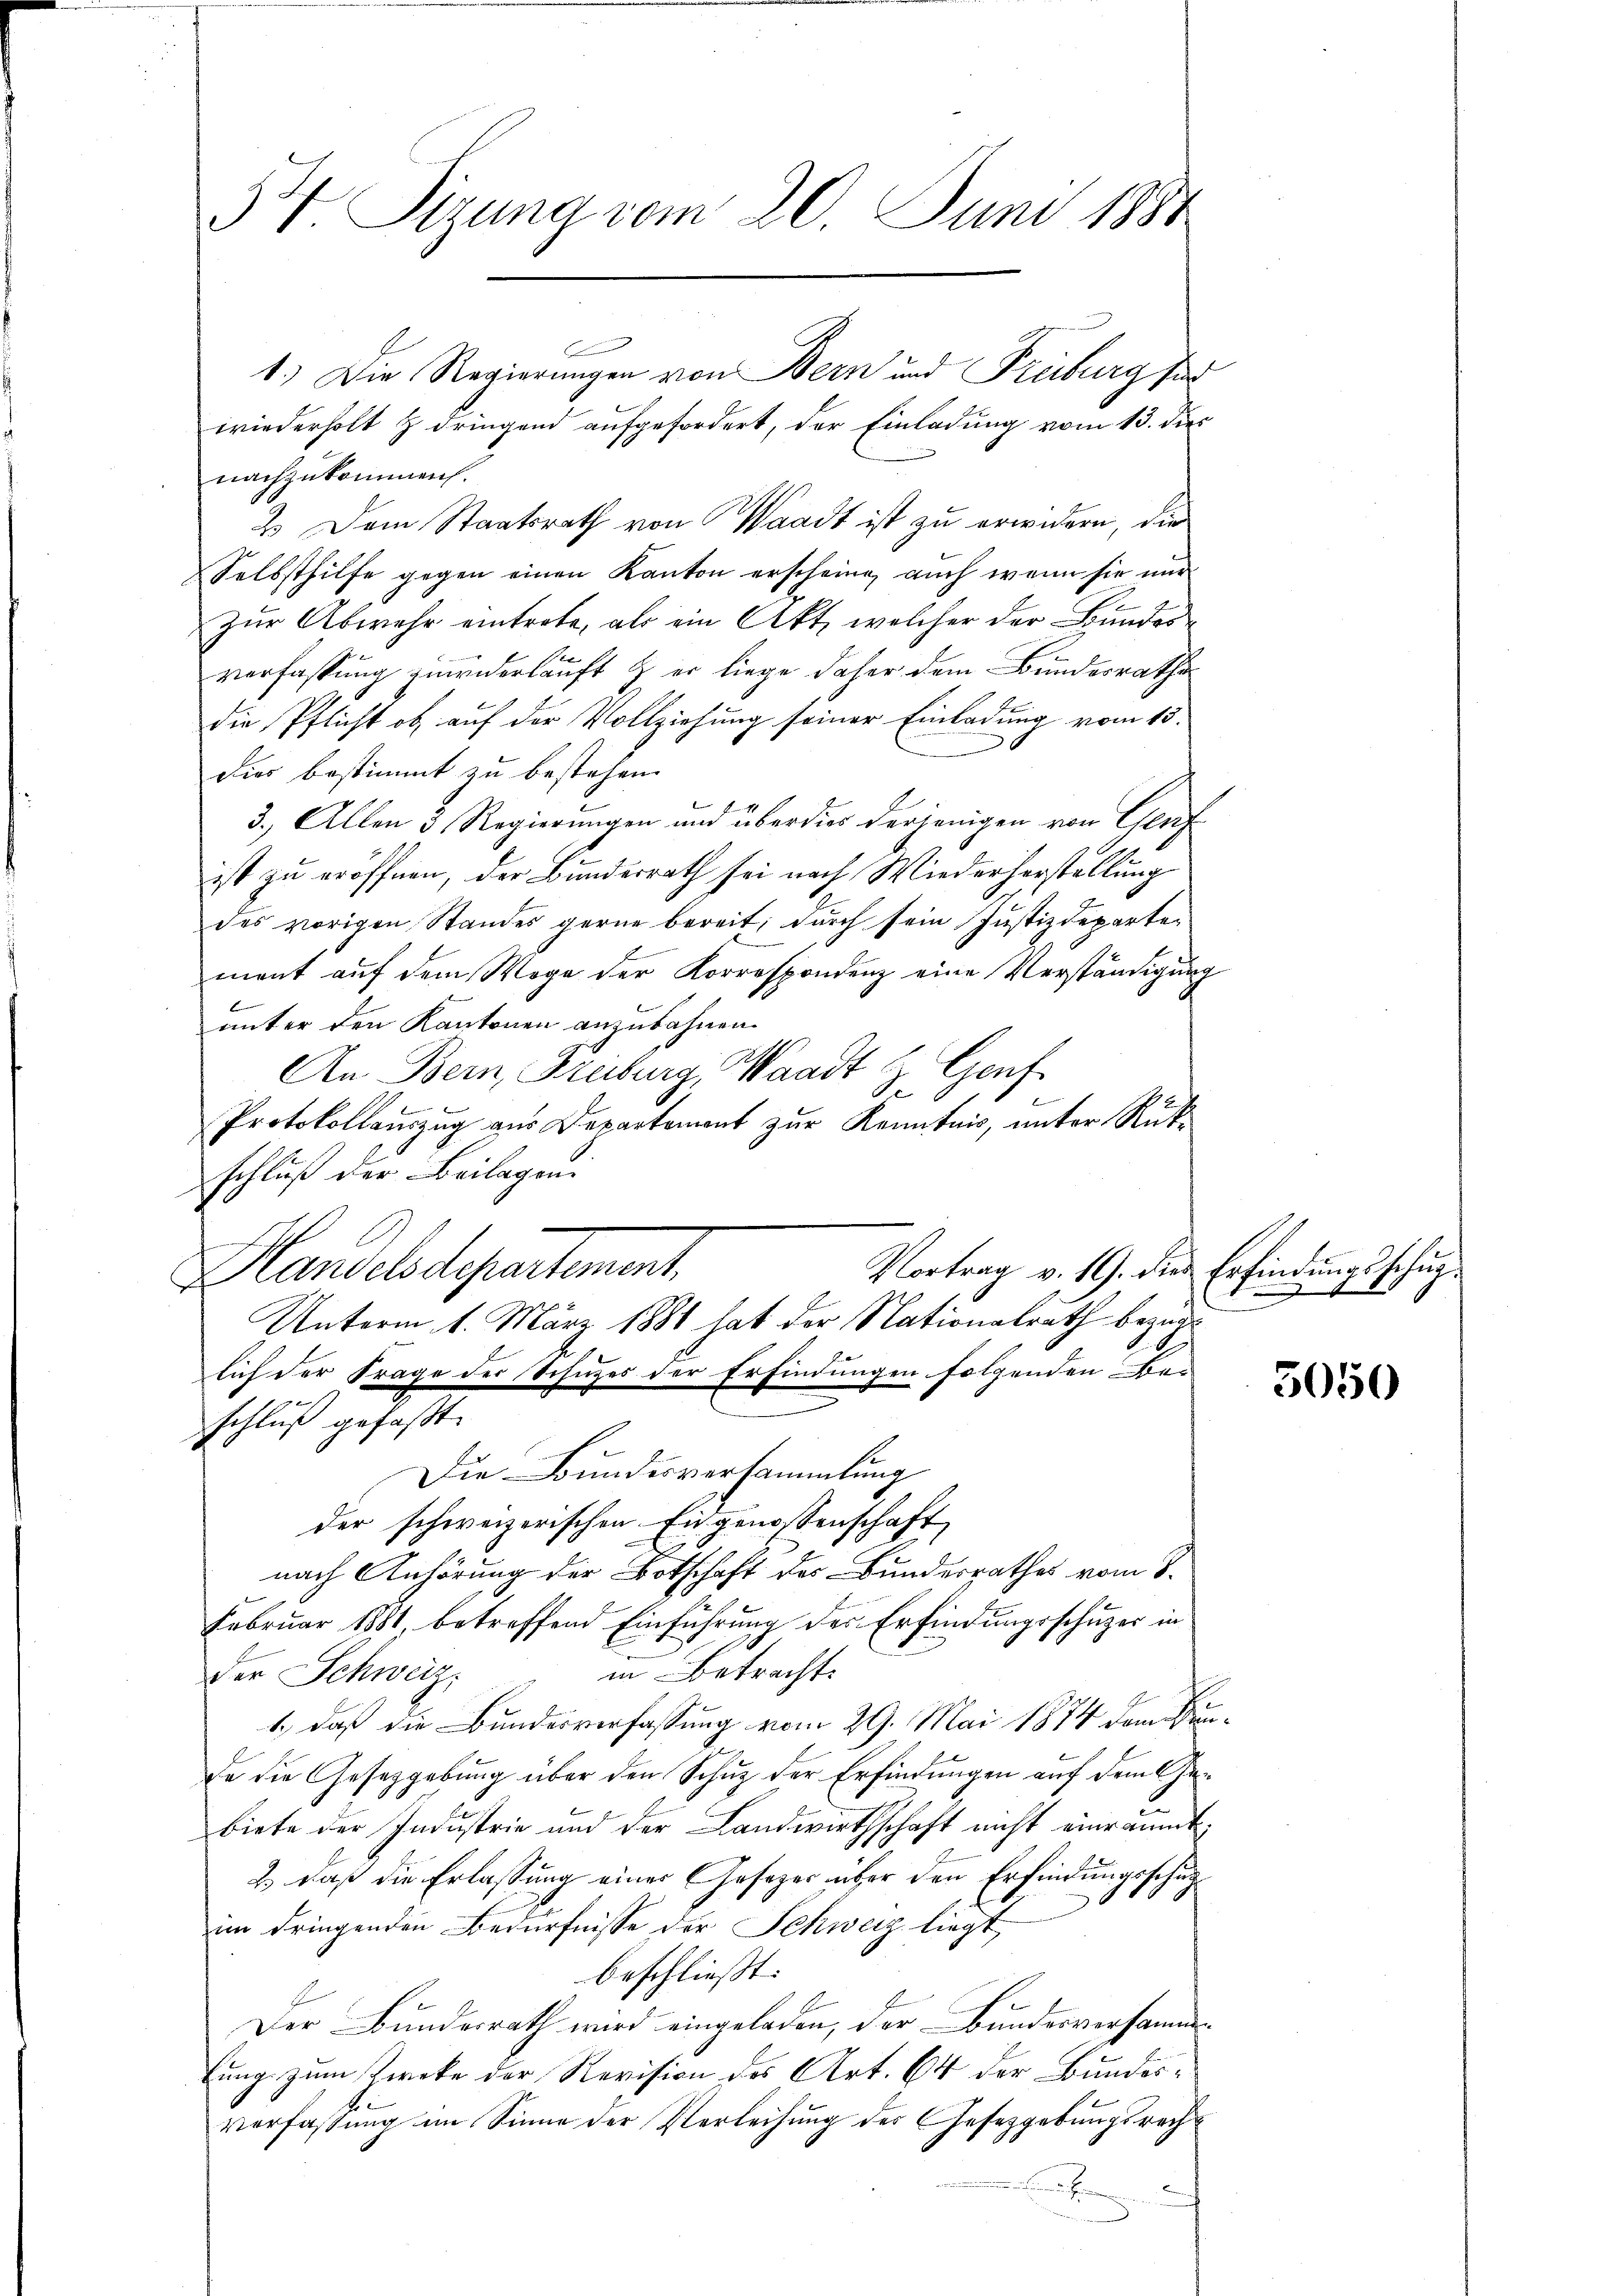
34. Sizung vom 20. Juni 1880

1.) Die Regierungen von Bern und Freiburg für
wiederholt z dringend aufgefordert, der Einladung vom 13. dies
nachzukommen.
2. Dem Staatsrath von Waadt ist zu erwidern, die
Selbsthilfe gegen einen Kanton erscheine, auch wenn sie nur
zur Abwehr eintrete, als ein Akt, welcher der Bundesverfassung zuwiderlauft & er liege daher dem Bundesrathe
die Pflicht ob auf der Vollziehung seiner Einladung vom 15.
dies bestimmt zu bestehen.
l
3.) Allen 3. Regierungen und über dies derjenigen von Graf
ist zu eröffnen, der Bundesrath sei nach Wiederhorstellung
des vorigen Standes gerne bereit, durch sein Justizdepartement auf dem Wege der Korrespondenz eine Verständigung
unter den Kantonen anzubahnen.
An Bern, Freiburg, Waadt & Genf
2
Protokollauszug aus Departement zur Kenntnis, unter Rückschluß der Beilagen.
Handelsdepartement.
lich der Frage der Schutzes der Erfindungen folgenden Be-
kan
schluß gefasst. |
Die Bundesversammlung
der schweizerischen Eingenossenschaft
nach Anhörung der Botschaft des Bundesrathes vom 8.
Februar 1881, betreffend Einführung des Erfindungsschuzer in
in Betracht.
der Schweiz.
1.) daß die Bundesverfassung vom 29. Mai 1874 dem Sin
de die Gesetzgebung über den Schuz der Erfindungen auf dem Gebiete der Industrie und der Landwirthschaft nicht einräumt
2) daß die Erlassung einer Gesezes über den Erfindungsschupim dringenden Bedürfnisse der Schweiz liegt,
beschließt:
Der Bundesrath wird eingeladen, der Bundesversammfung zum Zwecke der Revision des Art. 64 der Bundes¬
Verfassung im Sinne der Verleihung des Gesetzgebungsrech¬

Vortrag v. 19. die Erfindungsschup¬
Unterm 1. März 1881 hat der Nationalrath bezüg¬

i in den |

5050